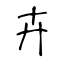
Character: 卉